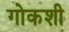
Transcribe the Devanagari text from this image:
गोकशी